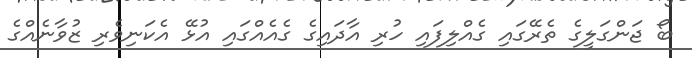
ބޯ ޖަންގަލީގެ ތެރޭގައި ގެއްލިފައި ހުރި އާދައިގެ ގެއެއްގައި އުޅޭ އެކަނިވެރި ޒުވާނެއްގެ